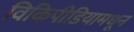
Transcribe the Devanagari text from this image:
विकिपीडियामधून